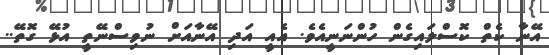
އޭނާ ކެތް ކޮސްލައިގެން ހުންނަނީއެވެ. އެއީ އަދި އޭނާއަށް ނުވިސްނޭތީ އުޅޭ ގޮތޭ..